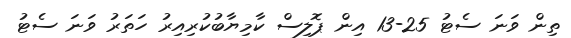
ތިން ވަނަ ސެޓު 25-13 އިން ޕޮލިސް ކާމިޔާބުކުރިއިރު ހަތަރު ވަނަ ސެޓު